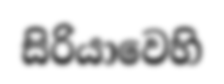
සිරියාවෙහි